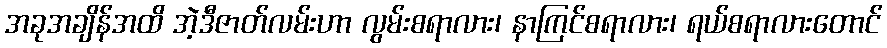
အခုအချိန်အထိ အဲ့ဒီဇာတ်လမ်းဟာ လွမ်းစရာလား၊ နာကြင်စရာလား၊ ရယ်စရာလားတောင်